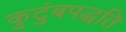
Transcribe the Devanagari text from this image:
कुटुंबपद्धति